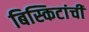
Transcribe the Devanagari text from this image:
बिस्किटांची